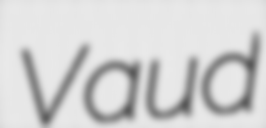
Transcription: Vaud